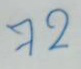
72